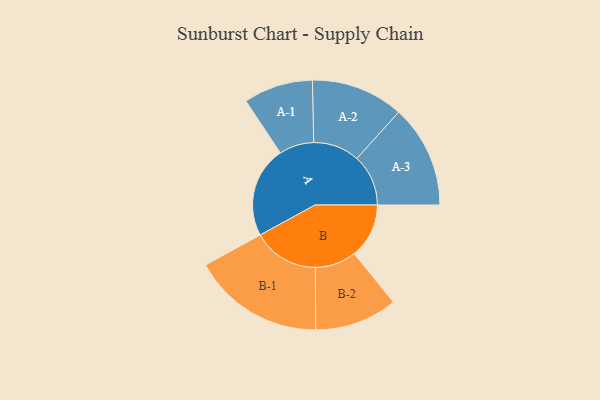
{"axis": {"x": "Segment", "y": "Value"}, "legend": ["", "A", "B"], "data": [{"x": "A", "y": 388, "type": ""}, {"x": "B", "y": 233, "type": ""}, {"x": "A-1", "y": 148, "type": "A"}, {"x": "A-2", "y": 197, "type": "A"}, {"x": "A-3", "y": 219, "type": "A"}, {"x": "B-1", "y": 281, "type": "B"}, {"x": "B-2", "y": 176, "type": "B"}]}